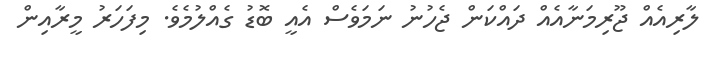
ލާރިއެއް ޖޫރިމަނާއެއް ދައްކަން ޖެހުނު ނަމަވެސް އެއީ ބޮޑު ގެއްލުމެވެ. މިފަހަރު މީރާއިން